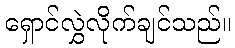
ရှောင်လွှဲလိုက်ချင်သည်။